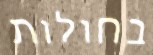
בחולות